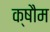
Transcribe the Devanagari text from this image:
क्षौम